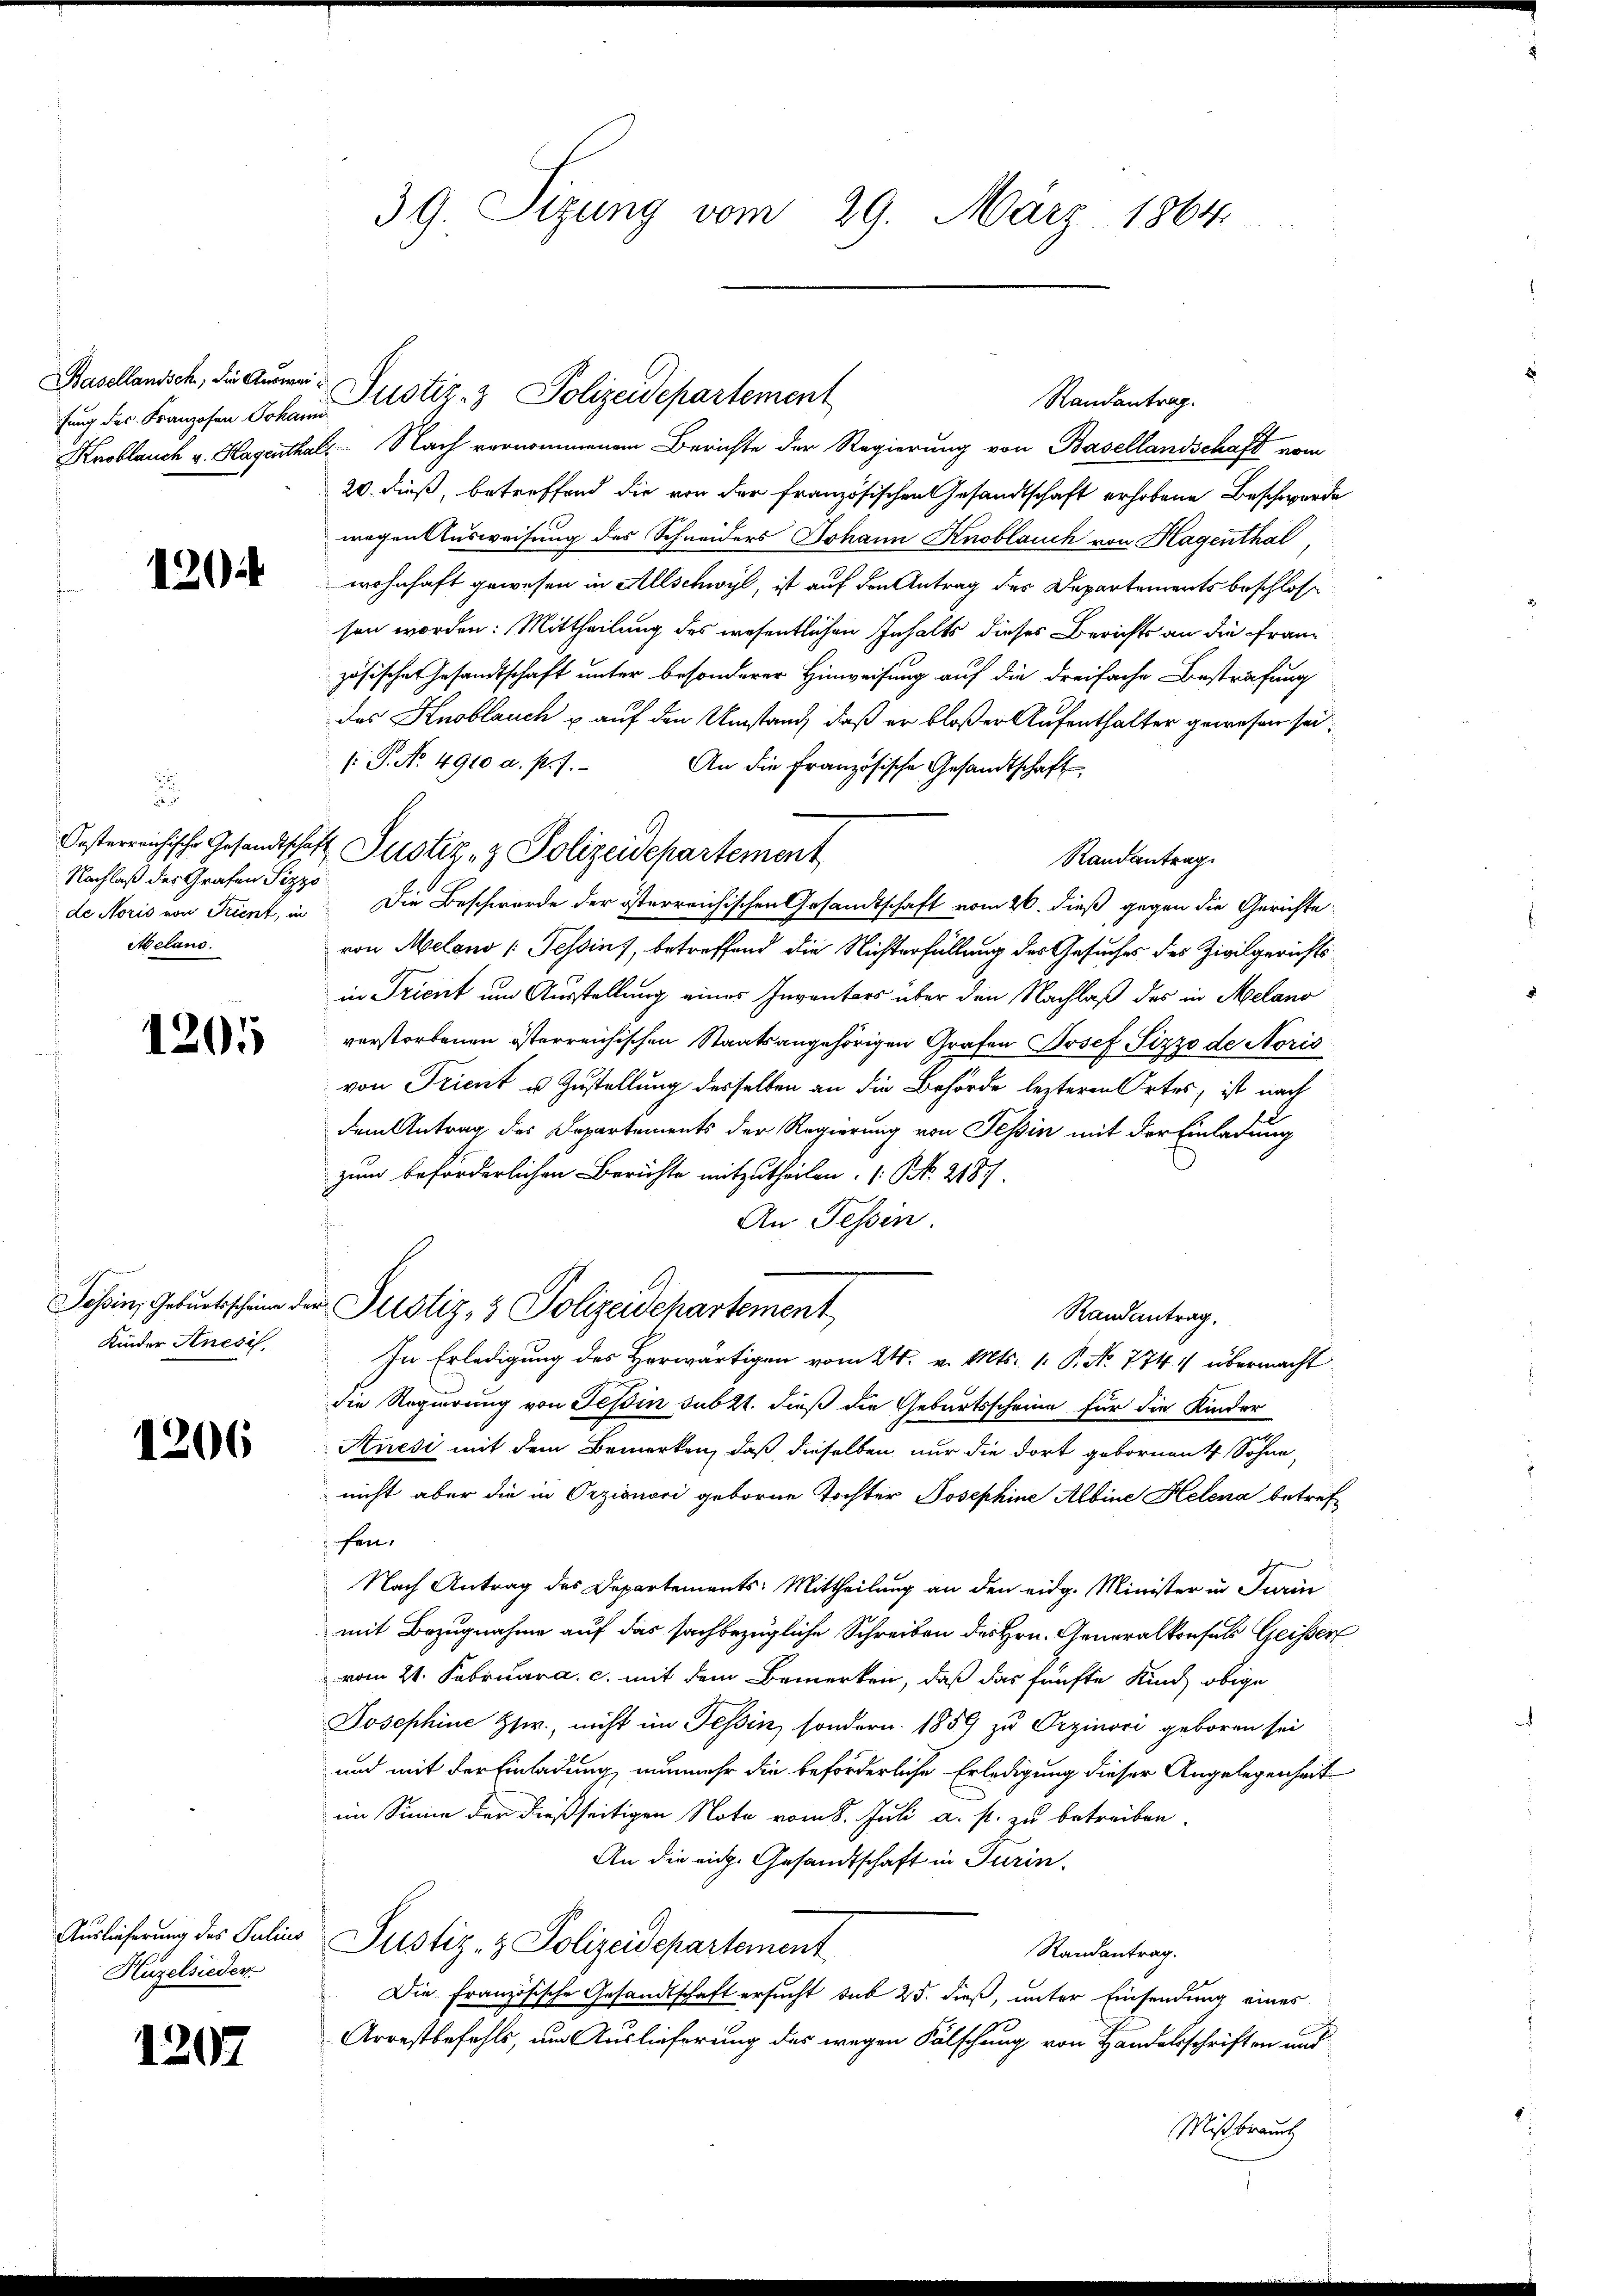
Basellandsch; die Ausweifung des Franzosen Johann

120.

d
Nachlaß des Grafen Pizzo
Melano.

1205

Kinder Anesis

1206

Auslieferung des Julius
Huzelsieder

1207

39. Sizung vom 29. März 1864.

Knoblauch v. Hagenthal. Nach vernommenem Berichte der Regierung von Basellandschaft vom
20. dieß, betreffend die von der französischen Gesandtschaft erhobene Beschwerde
wegen Ausweisung des Schneiders Johann Knoblauch von Hagenthal,
wohnhaft gewesen in Allschwyl, ist auf den Antrag des Departements beschlossen worden: Mittheilung des wesentlichen Inhalts dieses Berichts an die Franz
zösischen Gesandtschaft unter besonderer Hinweisung auf die dreifache Bestrafung
das Knoblauch u auf den Umstand, daß er bloßer Aufenthalter gewesen sei,
: P. No. 4910 a. p. 7.
An die Französische Gesandtschaft
Randantrag.
de Noris von Trient, in Die Beschwerde der österreichischen Gesandtschaft vom 26. dieß gegen die Gerichte
von Meland (Tessins, betreffend die Nichterfüllung des Gesuches des Zivilgerichtsin Trient um Ausstellung eines Inventars über den Nachlaß des in Melano
verstorbenen österreichischen Staatsangehörigen Grafen Josef Sizzo de Noris
von Trient u. Zustellung desselben an die Behörde lezteren Ortes, ist nach
dem Antrag des Departements der Regierung von Tessin mit der Einladung
zum beförderlichen Berichte mitzutheilen. (N. 2187.
An Tessin.
Tessin, Geburtsschein der Justiz- & Polizeidepartement
Randantrag.
In Erledigung des Herwärtigen vom 24. v. Mts. 1. P. No. 774 :/ übermacht
die Regierung von Tessin sub 2t. dieß die Geburtsscheine für die Kinder
Anési mit dem Bemerken, daß dieselben nur die dort gebornen 4 Sohne,
nicht aber die in Orzionori geborne Tochter Josephine Albine Helena betref
fen.
Nach Antrag des Departements: Mittheilung an den eidg. Minister in Turin
mit Bezugnahme auf das sachbezügliche Schreiben des Hrn. Generalkonsuls Geissen
vom 21. Februar a. c. mit dem Bemerken, daß das fünfte Kind obige
Josephine Zw., nicht im Tessin, sondern 1859 zu Orzinori geboren sei
und mit der Einladung, nunmehr die beförderliche Erledigung dieser Angelegenheit
im Sinne der dießseitigen Note vom 8. Juli a. p. zu betreiben.
An die eiche Gesandtschaft in Turin.
Justiz- & Polizeidepartement
Randantrag.
Die Französische Gesandtschaft ersucht sub 25. dieß, unter Einsendung eines
Arrestbefehls, um Auslieferung des wegen Fälschung von Handelsschriften und
Mißbrauch

Oesterreichische Gesandtschaft Justiz- & Polizeidepartement

Justiz- & Polizeidepartement
Randantrag.